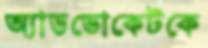
অ্যাডভোকেটকে